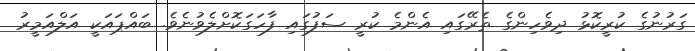
ގަރުނުގެ ކުރީކޮޅު ދިވެހިންގެ ތެރޭގައި އެންމެ ކުރީ ސަފުގައި ފާހަގަކޮށްލެވުނެވެ. ބައްޕައަކީ އަލްއަމީރު